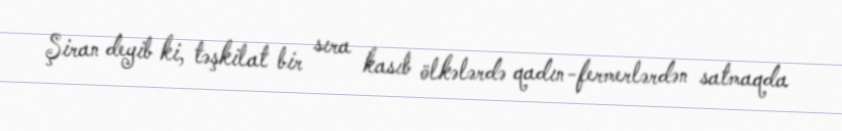
Şiran deyib ki, təşkilat bir sıra kasıb ölkələrdə qadın-fermerlərdən satmaqda